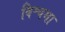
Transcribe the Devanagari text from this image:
विश्वमा